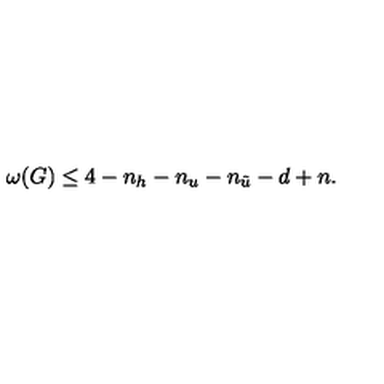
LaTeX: \omega ( G ) \le 4 - n _ { h } - n _ { u } - n _ { \tilde { u } } - d + n .